Scottish Leaving Certificate Examination, 1960
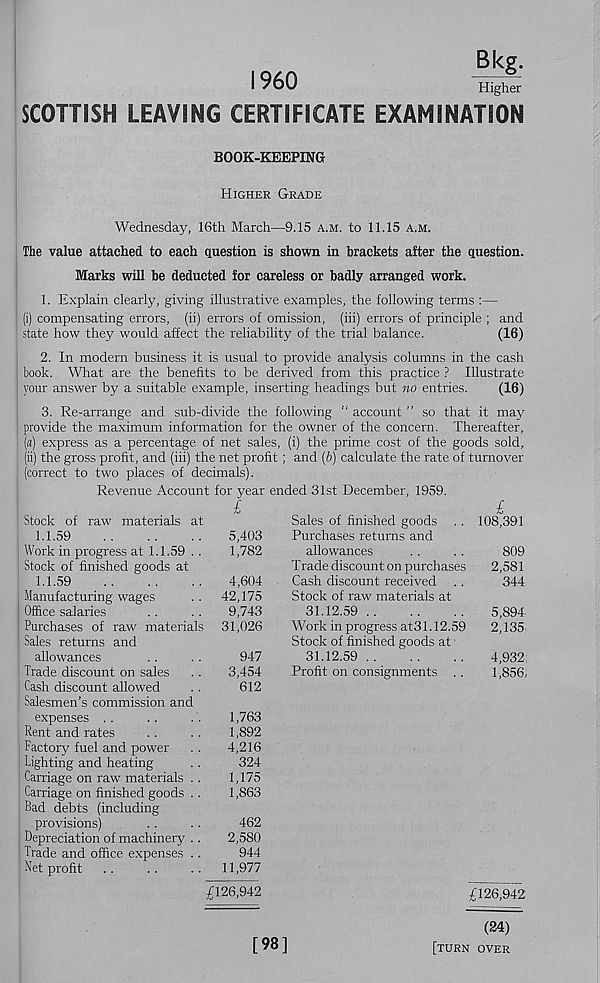
I960
Bkg.
Higher
SCOTTISH LEAVING CERTIFICATE EXAMINATION
BOOK-KEEPING
Higher Grade
Wednesday, 16th March—9.15 a.m. to 11.15 a.m.
The value attached to each question is shown in brackets after the question.
Marks will be deducted for careless or badly arranged work.
1. Explain clearly, giving illustrative examples, the following terms :—
(i) compensating errors, (ii) errors of omission, (iii) errors of principle ; and
state how they would affect the reliability of the trial balance.
(16)
2. In modern business it is usual to provide analysis columns in the cash
book. What are the benefits to be derived from this practice ? Illustrate
your answer by a suitable example, inserting headings but no entries.
(16)
3. Re-arrange and sub-divide the following " account ” so that it may
provide the maximum information for the owner of the concern. Thereafter,
(a) express as a percentage of net sales, (i) the prime cost of the goods sold,
(ii) the gross profit, and (iii) the net profit; and (b) calculate the rate of turnover
(correct to two places of decimals).
Revenue Account for year ended 31st December, 1959.
£
Stock of raw materials at
1.1.59
5,403
Work in progress at 1.1.59 ..
1,782
Stock of finished goods at
1.1.59
4,604
Manufacturing wages
.. 42,175
Office salaries
..
..
9,743
Purchases of raw materials 31,026
Sales returns and
allowances
..
. .
947
Trade discount on sales ..
3,454
Cash discount allowed
..
612
Salesmen’s commission and
expenses . .
..
. .
1,763
Rent and rates
..
..
1,892
Factory fuel and power . .
4,216
Lighting and heating
..
324
Carriage on raw materials . .
1,175
Carriage on finished goods . .
1,863
Bad debts (including
provisions)
..
..
462
Depreciation of machinery ..
2,580
Trade and office expenses ..
944
Net profit ..
..
.. 11,977
£126,942
Sales of finished goods .. 108,391
Purchases returns and
allowances
. .
. .
809
Trade discount on purchases
2,581
Cash discount received ..
344
Stock of raw materials at
31.12.59
5,894
Work in progress at31.12.59
2,135'
Stock of finished goods at
31.12.59
4,932
Profit on consignments . .
1,856,
£126,942
[98]
(24)
[turn over